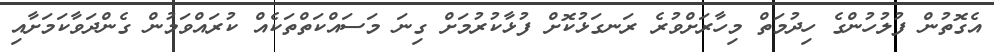
އެގޮތުން ފުލުހުންގެ ހިދުމަތް މިހާރަށްވުރެ ރަނގަޅުކޮށް ފުޅާކުރުމަށް ގިނަ މަސައްކަތްތަކެއް ކުރައްވަމުން ގެންދަވާކަމަށާއި